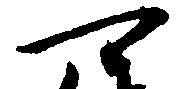
可